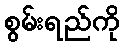
စွမ်းရည်ကို